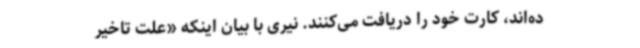
ده‌اند، کارت خود را دریافت می‌کنند. نیری با بیان اینکه «علت تاخیر